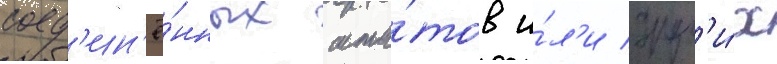
соед'ин'ё́нных шта́тов и́л'и друг'и́х